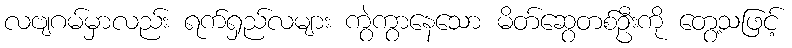
လဗျဂမ်မှာလည်း ရက်ရှည်လများ ကွဲကွာနေသော မိတ်ဆွေတစ်ဦးကို တွေ့သဖြင့်